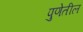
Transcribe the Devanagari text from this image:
पुणेतील